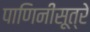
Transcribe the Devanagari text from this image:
पाणिनीसूत्रे